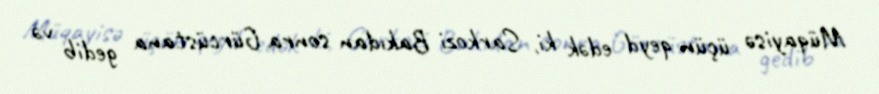
Müqayisə üçün qeyd edək ki, Sarkozi Bakıdan sonra Gürcüstana gedib və